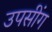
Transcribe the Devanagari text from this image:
उपसींग